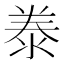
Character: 𭰣